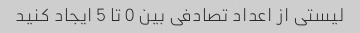
لیستی از اعداد تصادفی بین 0 تا 5 ایجاد کنید